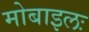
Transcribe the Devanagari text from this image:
मोबाइलः